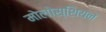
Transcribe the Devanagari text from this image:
मोलोस्शियन